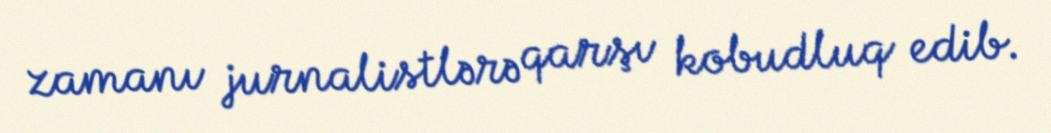
zamanı jurnalistlərə qarşı kobudluq edib.